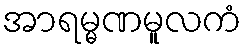
အာရမ္မဏမူလကံ